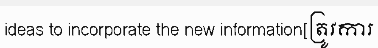
ideas to incorporate the new information[ត្រូវការ